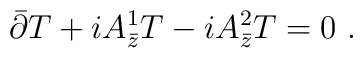
\bar{\partial}T + iA^1_{\bar{z}}T - iA^2_{\bar{z}}T = 0 \ .